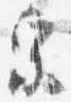
宗